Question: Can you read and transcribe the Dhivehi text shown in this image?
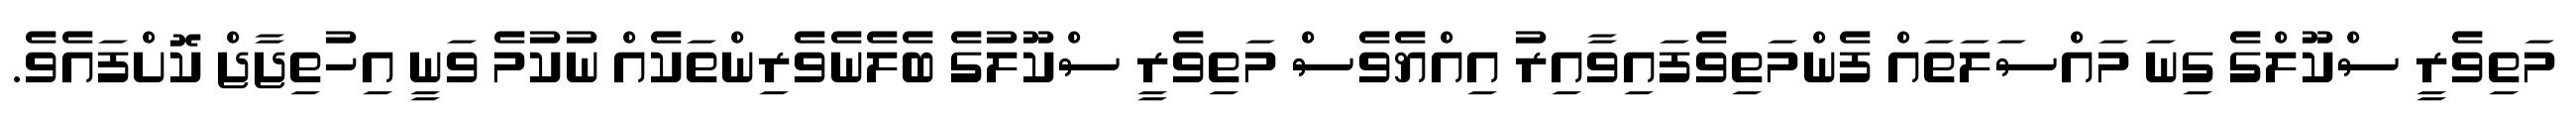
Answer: މަތިވެރީ ސްކޫލްގެ ގިނަ މައްސަލަތައް ފެންމަތިވެފައިވާއިރު އިއްޔެވެސް މަތިވެރީ ސްކޫލުގެ ބެލެނެވެރިންތަކެއް ނުކުމެ ވަނީ އިހުތިޖާޖް ކޮށްފައެވެ.